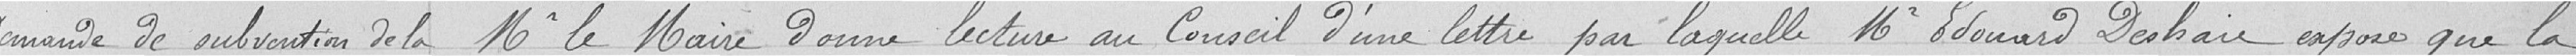
Demande de subvention de la   Monsieur le Maire donne lecture au Conseil d'une lettre par laquelle Monsieur Edouard Deshaies expose que la